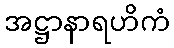
အဋ္ဌာနာရဟိကံ